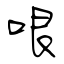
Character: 哏